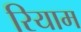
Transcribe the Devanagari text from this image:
रियाम